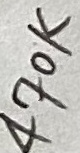
Text: 470K